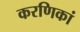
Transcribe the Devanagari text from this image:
करणिकां